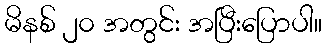
မိနစ် ၂၀ အတွင်း အပြီးပြောပါ။